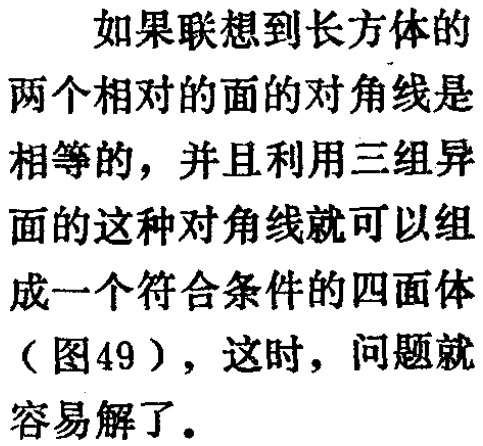
如果联想到长方体的两个相对的面的对角线是相等的，并且利用三组异面的这种对角线就可以组成一个符合条件的四面体（图49），这时，问题就容易解了。